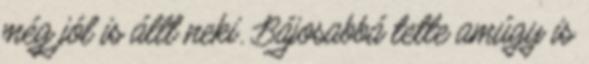
még jól is állt neki. Bájosabbá tette amúgy is